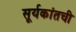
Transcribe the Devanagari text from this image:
सूर्यकांतची